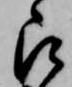
被